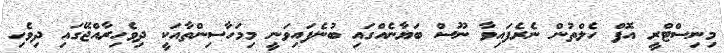
މިނިސްޓްރީ އޮފް ހެލްތުން ނެރެފައިވާ ނޫސް ބަޔާނެއްގައި ބުނެފައިވަނީ މިމަހާސިންތާއަކީ ދިވެހިރާއްޖޭގައި ދިވެހި